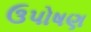
ઉપોષણ